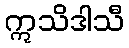
ဣသိဒါသီ